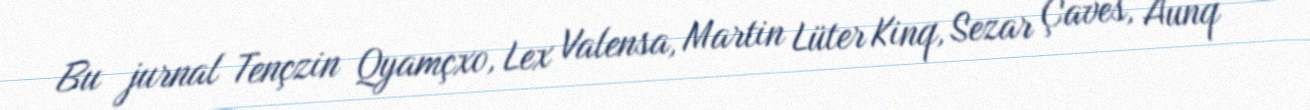
Bu jurnal Tençzin Qyamçxo, Lex Valensa, Martin Lüter Kinq, Sezar Çaves, Aunq